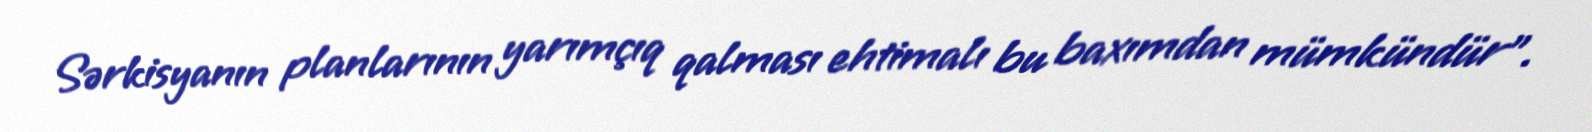
Sərkisyanın planlarının yarımçıq qalması ehtimalı bu baxımdan mümkündür".